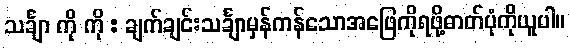
သင်္ချာ ကို ကို : ချက်ချင်းသင်္ချာမှန်ကန်သောအဖြေကိုရဖို့ဓာတ်ပုံကိုယူပါ။